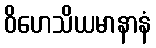
ဝိဟေသိယမာနာနံ